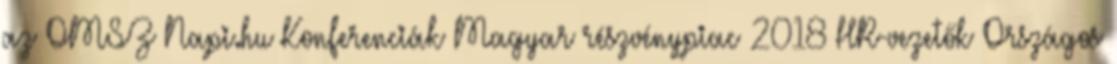
az OMSZ Napi.hu Konferenciák Magyar részvénypiac 2018 HR-vezetők Országos